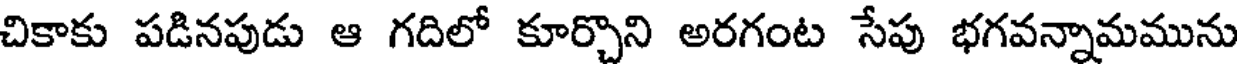
చికాకు పడినపుడు ఆ గదిలో కూర్చొని అరగంట సేపు భగవన్నామమును